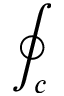
\oint _ { c }